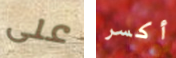
على أكسر